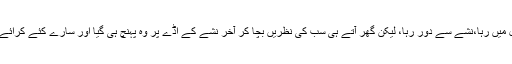
جب تک وہ اسپتال میں رہا،نشے سے دُور رہا، لیکن گھر آتے ہی سب کی نظریں بچا کر آخر نشے کے اڈّے پر وہ پہنچ ہی گیا اور سارے کئے کرائے پر پانی پھیر گیا۔